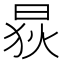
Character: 𱢃